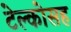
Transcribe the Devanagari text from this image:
टेल्कोसह